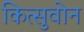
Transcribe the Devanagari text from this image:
कित्सुवोन